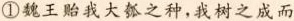
①魏王贻我大瓠之种，我树之成而